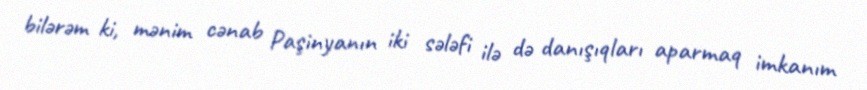
bilərəm ki, mənim cənab Paşinyanın iki sələfi ilə də danışıqları aparmaq imkanım